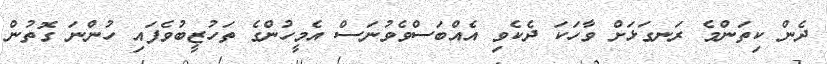
ދެން ކިތަންމެ ރަނގަޅަށް ވާހަކަ ދެކެވި އެއްބަސްވެވުނަސް އެމީހުންގެ ތަހުޒީބުވެފައި ހުންނަ ގޮތުން